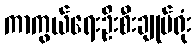
ကာကွယ်ရေးဦးစီးချုပ်ရုံး